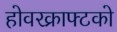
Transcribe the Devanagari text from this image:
होवरक्राफ्टको